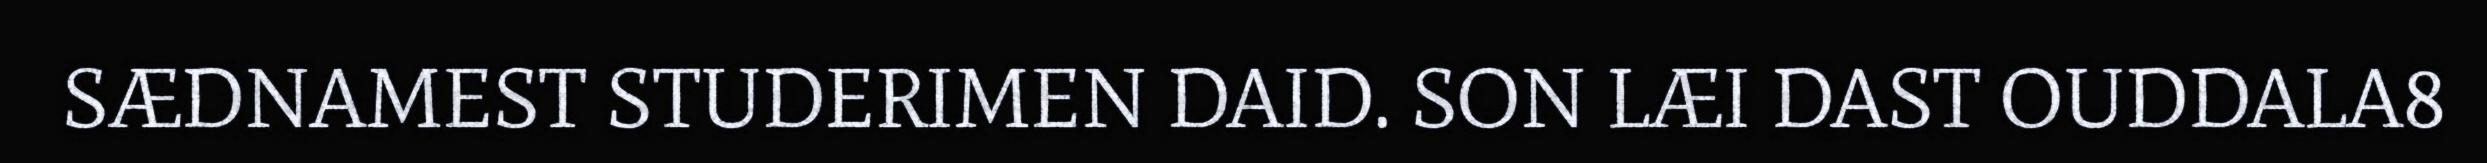
SÆDNAMEST STUDERIMEN DAID. SON LÆI DAST OUDDALA8